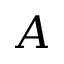
A